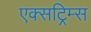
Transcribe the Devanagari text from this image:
एक्सट्रिम्स